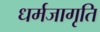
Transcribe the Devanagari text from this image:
धर्मजागृति